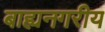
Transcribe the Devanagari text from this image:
बाह्यनगरीय